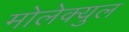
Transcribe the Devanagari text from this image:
मोलेक्युल